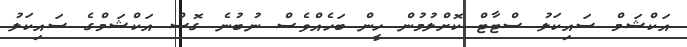
އަކްޝަމް ސައިކަލު ސްޓާޓް ކޮށްލުމުން ހީން ބަހެއްވެސް ނުބުނެ ގޮސް އަކްޝަމްގެ ސައިކަލު